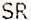
SR